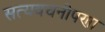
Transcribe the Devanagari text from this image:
सत्यवचनीपणा